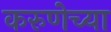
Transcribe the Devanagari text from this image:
करुणेच्या